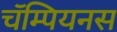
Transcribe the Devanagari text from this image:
चॅम्पियनस